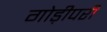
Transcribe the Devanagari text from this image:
गोड़ीपरी